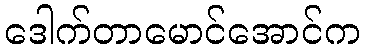
ဒေါက်တာမောင်အောင်က